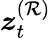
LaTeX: \boldsymbol{z}_{t}^{(\mathcal{R})}